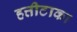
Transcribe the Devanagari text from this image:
हत्तीटाका